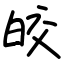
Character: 皎